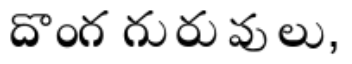
దొంగ గురువులు,